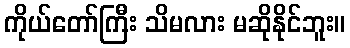
ကိုယ်တော်ကြီး သိမလား မဆိုနိုင်ဘူး။